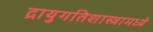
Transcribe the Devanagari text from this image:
द्रायुगतिशास्त्रामध्ये